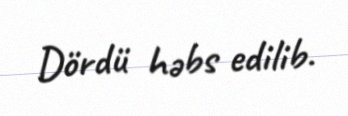
Dördü həbs edilib.